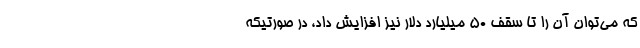
که می‌توان آن را تا سقف ۵۰ میلیارد دلار نیز افزایش داد، در صورتیکه